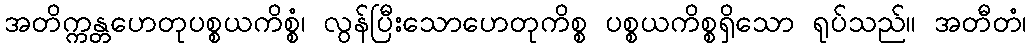
အတိက္ကန္တဟေတုပစ္စယကိစ္စံ၊ လွန်ပြီးသောဟေတုကိစ္စ ပစ္စယကိစ္စရှိသော ရုပ်သည်။ အတီတံ၊